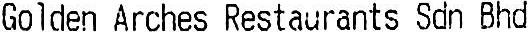
GOLDEN ARCHES RESTAURANTS SDN BHD